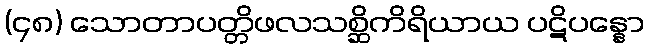
(၄၈) သောတာပတ္တိဖလသစ္ဆိကိရိယာယ ပဋိပန္နော